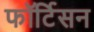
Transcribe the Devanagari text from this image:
फॉर्टिसन